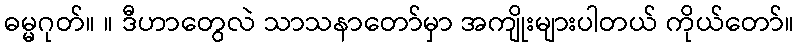
ဓမ္မဂုတ်။ ။ ဒီဟာတွေလဲ သာသနာတော်မှာ အကျိုးများပါတယ် ကိုယ်တော်။